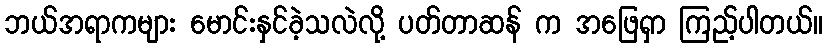
ဘယ်အရာကများ မောင်းနှင်ခဲ့သလဲလို့ ပတ်တာဆန် က အဖြေရှာ ကြည့်ပါတယ်။